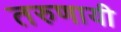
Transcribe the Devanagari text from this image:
तरुणायी